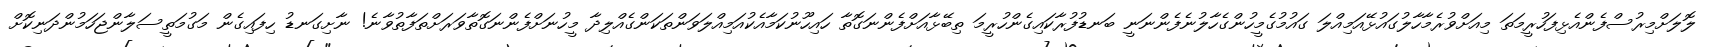
ލޮލަށްމިރުސްފެންއެޅިފަހުރީމަތަ މިއަށްވުރެމާހާލުގައުޅޭއަމިއްލަ ގައުމުގެމީހުންގެހާލުނެފެންނަނީ ބަނޑުފުރާކައިގެންހުރީމަ ތިބޭޅާއަށްފެންނަގޮތާ ހައިހޫނުކަމާއެކުއަމިއްލަވަންތަކަންގެއްލިދާ މީހުނަށްފެންނަގޮތާވަރަށްތަފާތުވާނެ! ނާށިގަނޑު ހިފައިގެން މަގުމަތީސަލާންޖަހަމުންދަނިކޮށް